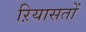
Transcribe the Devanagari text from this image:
ऱियासतों